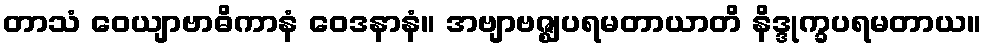
တာသံ ဝေယျာဗာဓိကာနံ ဝေဒနာနံ။ အဗျာဗဇ္ဈပရမတာယာတိ နိဒ္ဒုက္ခပရမတာယ။